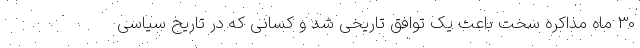
30 ماه مذاکره سخت باعث یک توافق تاریخی شد و کسانی که در تاریخ سیاسی